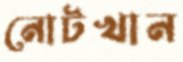
নোটখান